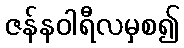
ဇန်နဝါရီလမှစ၍